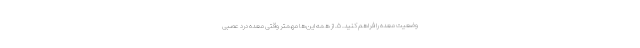
وضعیت معده را فراهم کنید. ۵. از همه این‌ها مهمتر وقتی معده درد عصبی